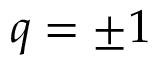
q = { \pm 1 }